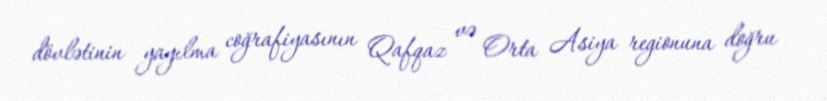
dövlətinin yayılma coğrafiyasının Qafqaz və Orta Asiya regionuna doğru